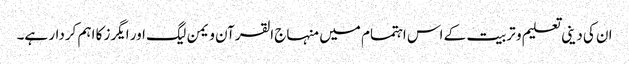
ان کی دینی تعلیم و تربیت کے اس اہتمام میں منہاج القرآن ویمن لیگ اور ایگرز کا اہم کردار ہے۔